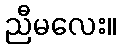
ညီမလေး။